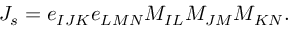
{ \cal J } _ { s } = e _ { I J K } e _ { L M N } M _ { I L } M _ { J M } M _ { K N } .